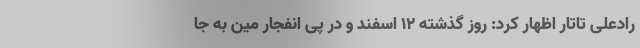
رادعلی تاتار اظهار کرد: روز گذشته ۱۲ اسفند و در پی انفجار مین به جا